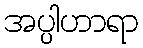
အပ္ပါဟာရာ